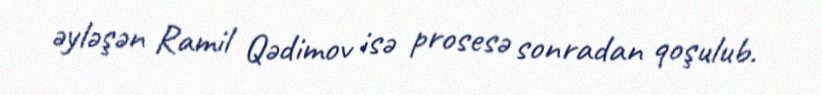
əyləşən Ramil Qədimov isə prosesə sonradan qoşulub.